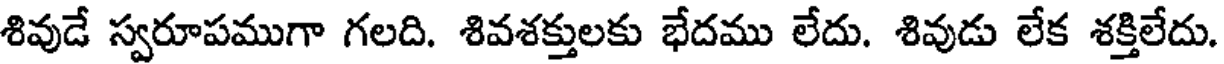
శివుడే స్వరూపముగా గలది. శివశక్తులకు భేదము లేదు. శివుడు లేక శక్తిలేదు.